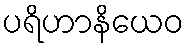
ပရိဟာနိယေဝ